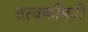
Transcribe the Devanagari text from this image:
तत्‍वकौमुदी